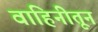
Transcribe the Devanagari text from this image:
वाहिनीतून